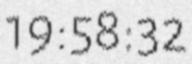
19:58:32